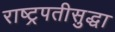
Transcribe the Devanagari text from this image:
राष्ट्रपतीसुद्धा